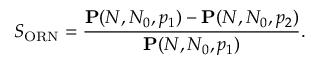
S _ { \mathrm { O R N } } = \frac { \mathbf { P } ( N , N _ { 0 } , p _ { 1 } ) - \mathbf { P } ( N , N _ { 0 } , p _ { 2 } ) } { \mathbf { P } ( N , N _ { 0 } , p _ { 1 } ) } .